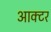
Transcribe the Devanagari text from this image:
आक्टर